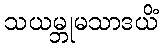
သယမ္ဘုမသာဒယိံ